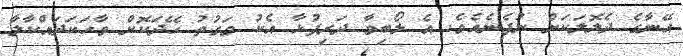
އޭނާގެ ދެލޮލަކަށް ނުފެނެއެވެ. އެ ލޯބިވާ ދަރިފުޅާ އެކު ވަގުތު ހޭދަކޮށް ވާހަކަދައްކާލާ